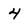
Character: 4